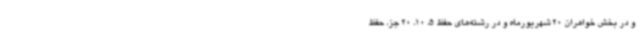
و در بخش خواهران 20 شهریورماه و در رشته‌های حفظ 5، 10، 20 جز، حفظ